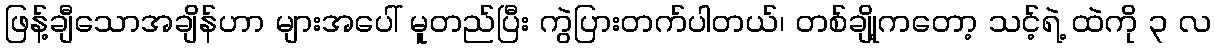
ဖြန့်ချီသောအချိန်ဟာ များအပေါ် မူတည်ပြီး ကွဲပြားတက်ပါတယ်၊ တစ်ချို့ကတော့ သင့်ရဲ့ ထဲကို ၃ လ